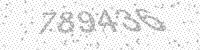
Solution: 789436